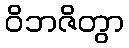
ဝိဘဇိတွာ